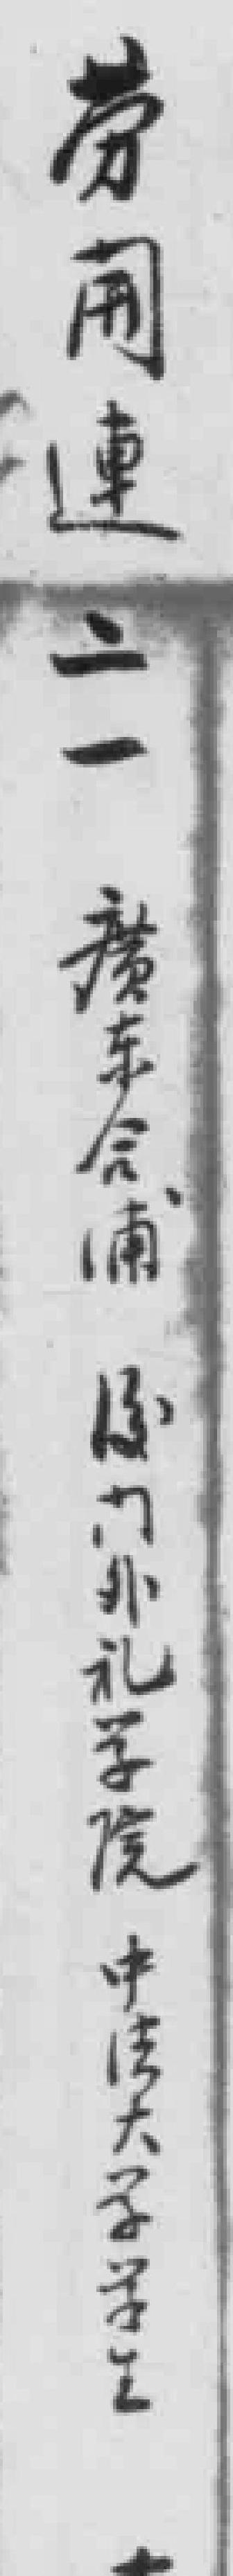
劳*連二一廣东合浦校门外礼学院中法大学学生